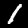
Label: 1